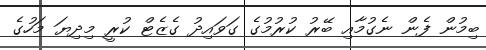
ބިމުން ފެން ނެގުމާއި ބޭރު ކުރުމުގެ ގަވައިދު ގެޒެޓް ކުރީ މިދިޔަ މަހުގެ